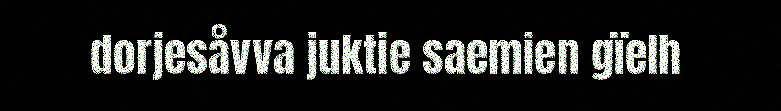
dorjesåvva juktie saemien gïelh